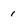
Character: 1